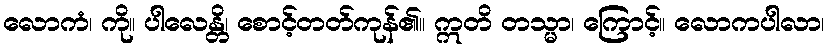
လောကံ၊ ကို။ ပါလေန္တိ၊ စောင့်တတ်ကုန်၏။ ဣတိ တသ္မာ၊ ကြောင့်။ လောကပါလာ၊